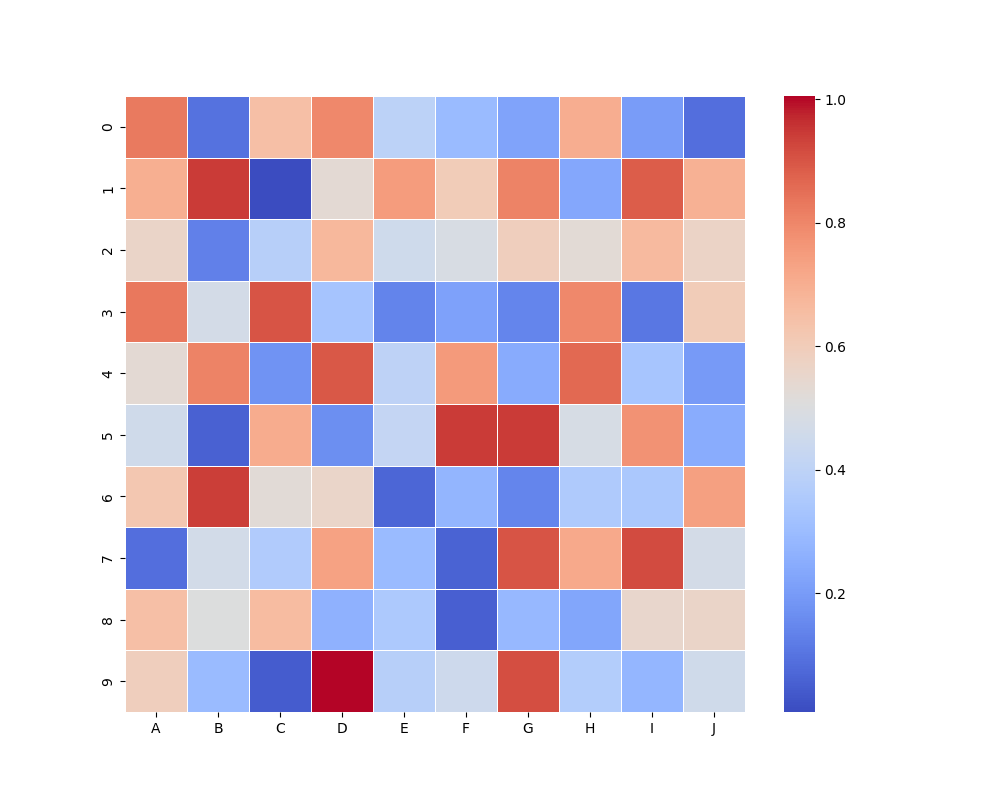
python, seaborn, heatmap, cmap='coolwarm', linewidths=0.5, center=none